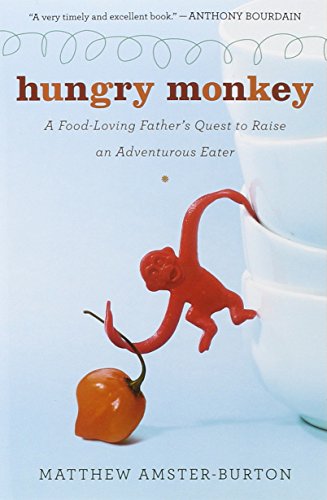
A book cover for Hungry Monkey: A Food-Loving Father's Quest to Raise an Adventurous Eater; Matthew Amster-Burton; Parenting & Relationships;